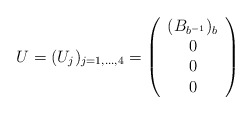
\begin{align*}U=(U_j)_ {j=1,\dots, 4}=\left(\begin{array}{c}({B}_{b^{-1}})_{b}\\0\\0\\0\\\end{array}\right)\end{align*}